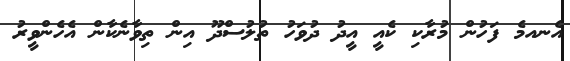
އެނއމެ ފަހުން މުރާކި ކެއީ އީދު ދުވަހު ތުލުސްދޫ އިން ތިވާނެކާން އެހެންވީރު